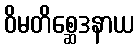
ဝိမတိစ္ဆေဒနာယ